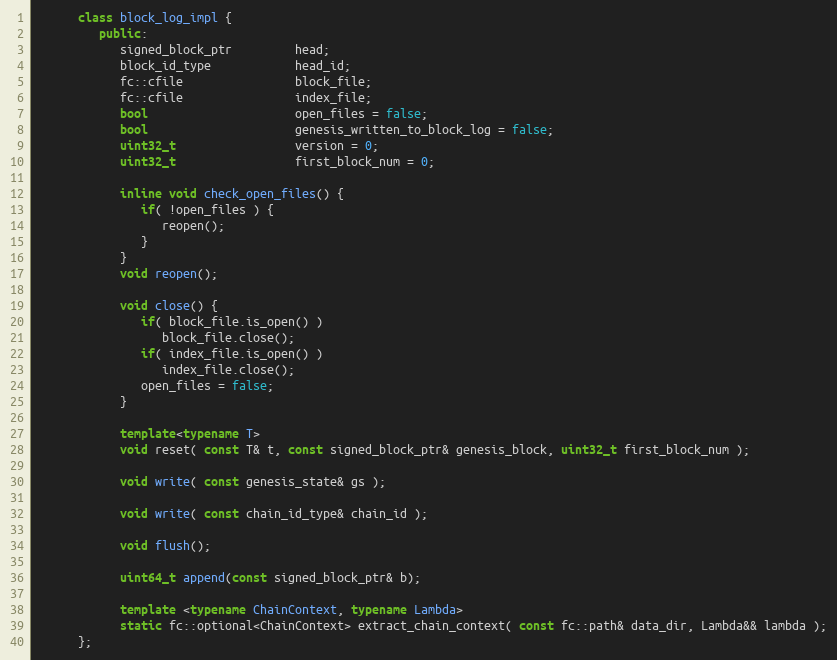
Language: C++
      class block_log_impl {
         public:
            signed_block_ptr         head;
            block_id_type            head_id;
            fc::cfile                block_file;
            fc::cfile                index_file;
            bool                     open_files = false;
            bool                     genesis_written_to_block_log = false;
            uint32_t                 version = 0;
            uint32_t                 first_block_num = 0;

            inline void check_open_files() {
               if( !open_files ) {
                  reopen();
               }
            }
            void reopen();

            void close() {
               if( block_file.is_open() )
                  block_file.close();
               if( index_file.is_open() )
                  index_file.close();
               open_files = false;
            }

            template<typename T>
            void reset( const T& t, const signed_block_ptr& genesis_block, uint32_t first_block_num );

            void write( const genesis_state& gs );

            void write( const chain_id_type& chain_id );

            void flush();

            uint64_t append(const signed_block_ptr& b);

            template <typename ChainContext, typename Lambda>
            static fc::optional<ChainContext> extract_chain_context( const fc::path& data_dir, Lambda&& lambda );
      };